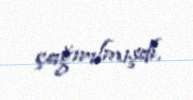
çağırılmışdı.